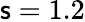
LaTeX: \mathsf{s}=1.2